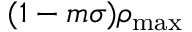
( 1 - m \sigma ) \rho _ { \mathrm { m a x } }